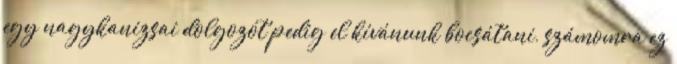
egy nagykanizsai dolgozót pedig el kívánunk bocsátani, számomra ez